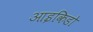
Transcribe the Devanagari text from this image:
आइकिडो